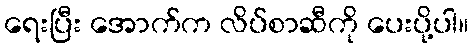
ရေးပြီး အောက်က လိပ်စာဆီကို ပေးပို့ပါ။